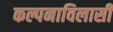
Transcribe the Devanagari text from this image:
कल्पनाविलासी